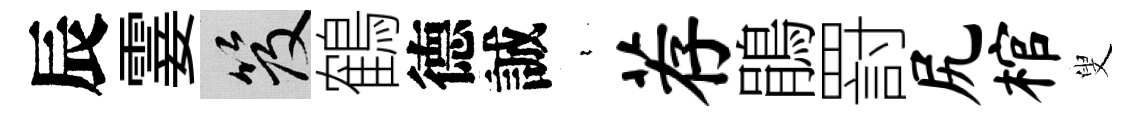
辰霎笈鶴德誠裊荐鵑罸尻棺叟